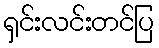
ရှင်းလင်းတင်ပြ